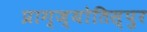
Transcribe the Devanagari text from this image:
प्राग्ज्योतिस्पुर